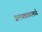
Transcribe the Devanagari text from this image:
प्रलयकाळामध्ये